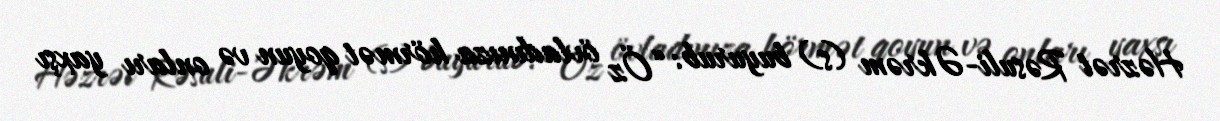
Həzrət Rəsuli-Əkrəm (s) buyurub: “Öz övladınıza hörmət qoyun və onları yaxşı